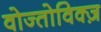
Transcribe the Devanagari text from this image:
वोज्तोविक्ज़